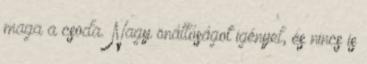
maga a csoda. Nagy önállóságot igényel, és nincs is